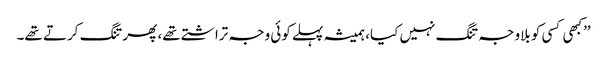
’’کبھی کسی کو بلاوجہ تنگ نہیں کیا، ہمیشہ پہلے کوئی وجہ تراشتے تھے، پھر تنگ کرتے تھے۔